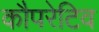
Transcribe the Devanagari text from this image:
कौपरेटिव